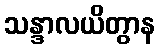
သန္ဒာလယိတွာန